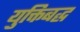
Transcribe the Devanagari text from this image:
युक्तिबद्ध